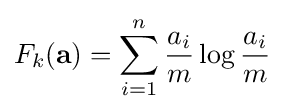
F_{k}(\mathbf {a} )=\sum _{i=1}^{n}{\frac {a_{i}}{m}}\log {\frac {a_{i}}{m}}